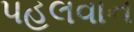
પહલવાન